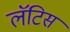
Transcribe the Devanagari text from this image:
लॅटिस